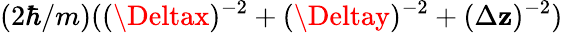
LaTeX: (2\hbar/m)((\Deltax)^{-2}+(\Deltay)^{-2}+(\Delta\mathbf{z})^{-2})